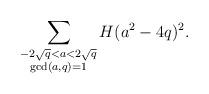
LaTeX: \begin{align*}\sum_{\substack{-2\sqrt{q}< a < 2\sqrt{q}\\ \gcd(a,q)=1}} H(a^2-4q)^2.\end{align*}